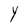
Character: Y